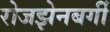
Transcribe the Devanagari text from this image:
रोजझेनबर्गी